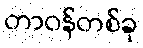
တာဝန်တစ်ခု